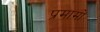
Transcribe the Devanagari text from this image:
प्रमामों